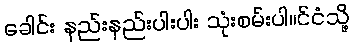
ခေါင်း နည်းနည်းပါးပါး သုံးစမ်းပါ။င်ငံသို့